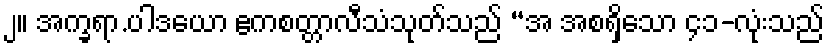
၂။ အက္ခရာ.ပါဒယော ဧကစတ္တာလီသံသုတ်သည် “အ အစရှိသော ၄၁-လုံးသည်